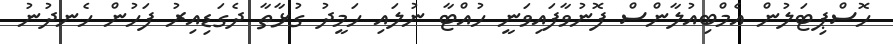
ހޮސްޕިޓަލުން އެމްބިއުލާންސް ފޮނުވާފައިވަނީ ހުއްޓާ ނުލައި ހަމީދު ގުޅާތާ ދެގަޑިއިރު ފަހުން ހެނދުނު